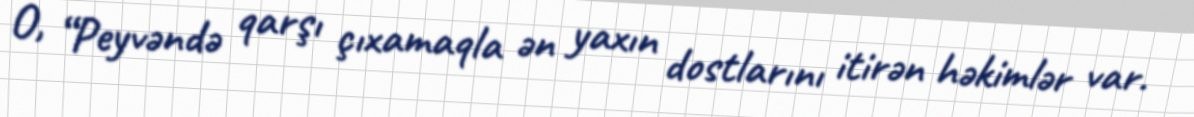
O, “Peyvəndə qarşı çıxamaqla ən yaxın dostlarını itirən həkimlər var.